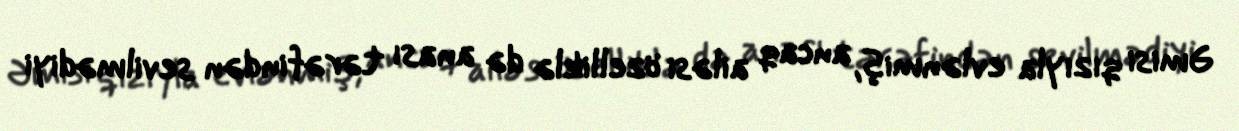
Əmisi qızıyla evlənmiş, ancaq ailəsi özelliklə də anası tərəfindən sevilmədiyi